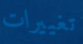
تغييرات